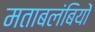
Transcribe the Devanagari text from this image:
मताबलंबियों